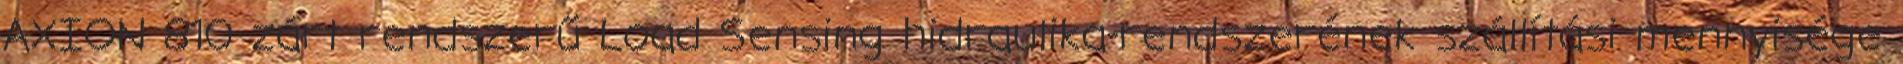
AXION 810 zárt rendszerű Load Sensing hidraulika-rendszerének szállítási mennyisége